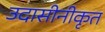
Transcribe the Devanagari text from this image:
उदासीनीकृत